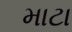
માટા